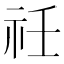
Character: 祍